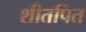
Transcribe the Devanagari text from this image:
शीतपित